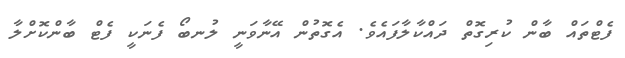
ފެޓްތައް ބާން ކުރިގޮތް ދައްކާލާފައެވެ. އެގޮތުން އޭނާވަނީ ލުނބޯ ފެނަކީ ފެޓް ބާންކޮށްލާ